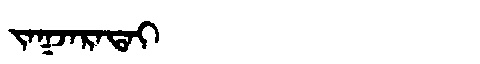
Manchu: ᠵᠠᡴᠵᠠᡵᠠᡨᠠᡳ
Romanization: JAKJARATAI